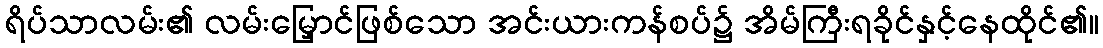
ရိပ်သာလမ်း၏ လမ်းမြှောင်ဖြစ်သော အင်းယားကန်စပ်၌ အိမ်ကြီးရခိုင်နှင့်နေထိုင်၏။